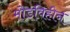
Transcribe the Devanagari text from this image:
मोडविहीन